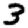
Digit: 3